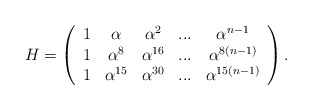
\begin{align*}H=\left( \begin{array}{ccccc}1 & \alpha & \alpha ^{2} & ... & \alpha ^{n-1} \\ 1 & \alpha ^{8} & \alpha ^{16} & ... & \alpha ^{8(n-1)} \\ 1 & \alpha ^{15} & \alpha ^{30} & ... & \alpha ^{15(n-1)}\end{array}\right) . \end{align*}